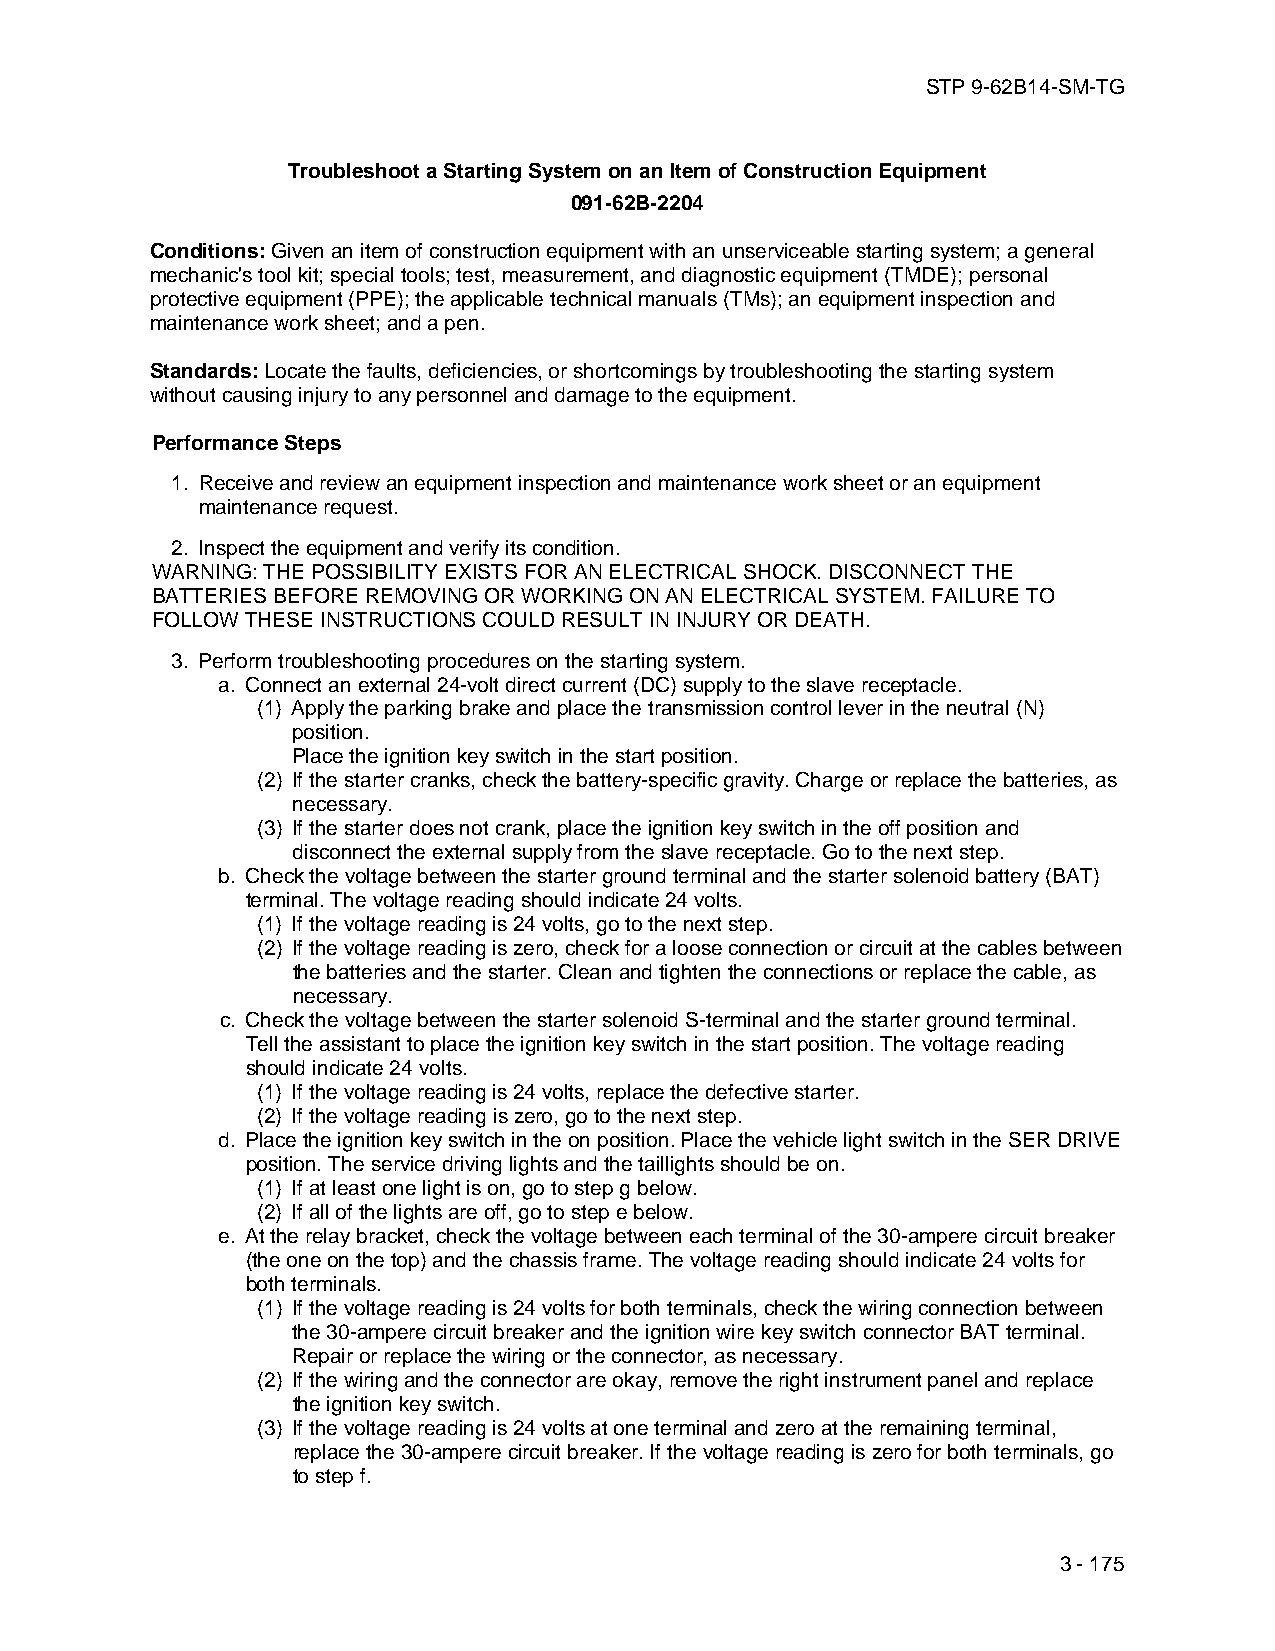
STP 9-62B14-SM-TG
 Troubleshoot a Starting System on an Item of Construction Equipment
 091-62B-2204
 Conditions: Given an item of construction equipment with an unserviceable starting system; a general
 mechanic's tool kit; special tools; test, measurement, and diagnostic equipment (TMDE); personal
 protective equipment (PPE); the applicable technical manuals (TMs); an equipment inspection and
 maintenance work sheet; and a pen.
 Standards: Locate the faults, deficiencies, or shortcomings by troubleshooting the starting system
 without causing injury to any personnel and damage to the equipment.
 Performance Steps
 1. Receive and review an equipment inspection and maintenance work sheet or an equipment
 maintenance request.
 2. Inspect the equipment and verify its condition.
 WARNING: THE POSSIBILITY EXISTS FOR AN ELECTRICAL SHOCK. DISCONNECT THE
 BATTERIES BEFORE REMOVING OR WORKING ON AN ELECTRICAL SYSTEM. FAILURE TO
 FOLLOW THESE INSTRUCTIONS COULD RESULT IN INJURY OR DEATH.
 3. Perform troubleshooting procedures on the starting system.
 a. Connect an external 24-volt direct current (DC) supply to the slave receptacle.
 (1) Apply the parking brake and place the transmission control lever in the neutral (N)
 position.
 Place the ignition key switch in the start position.
 (2) If the starter cranks, check the battery-specific gravity. Charge or replace the batteries, as
 necessary.
 (3) If the starter does not crank, place the ignition key switch in the off position and
 disconnect the external supply from the slave receptacle. Go to the next step.
 b. Check the voltage between the starter ground terminal and the starter solenoid battery (BAT)
 terminal. The voltage reading should indicate 24 volts.
 (1) If the voltage reading is 24 volts, go to the next step.
 (2) If the voltage reading is zero, check for a loose connection or circuit at the cables between
 the batteries and the starter. Clean and tighten the connections or replace the cable, as
 necessary.
 c. Check the voltage between the starter solenoid S-terminal and the starter ground terminal.
 Tell the assistant to place the ignition key switch in the start position. The voltage reading
 should indicate 24 volts.
 (1) If the voltage reading is 24 volts, replace the defective starter.
 (2) If the voltage reading is zero, go to the next step.
 d. Place the ignition key switch in the on position. Place the vehicle light switch in the SER DRIVE
 position. The service driving lights and the taillights should be on.
 (1) If at least one light is on, go to step g below.
 (2) If all of the lights are off, go to step e below.
 e. At the relay bracket, check the voltage between each terminal of the 30-ampere circuit breaker
 (the one on the top) and the chassis frame. The voltage reading should indicate 24 volts for
 both terminals.
 (1) If the voltage reading is 24 volts for both terminals, check the wiring connection between
 the 30-ampere circuit breaker and the ignition wire key switch connector BAT terminal.
 Repair or replace the wiring or the connector, as necessary.
 (2) If the wiring and the connector are okay, remove the right instrument panel and replace
 the ignition key switch.
 (3) If the voltage reading is 24 volts at one terminal and zero at the remaining terminal,
 replace the 30-ampere circuit breaker. If the voltage reading is zero for both terminals, go
 to step f.
 3 - 175